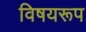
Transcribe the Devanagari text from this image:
विषयरूप